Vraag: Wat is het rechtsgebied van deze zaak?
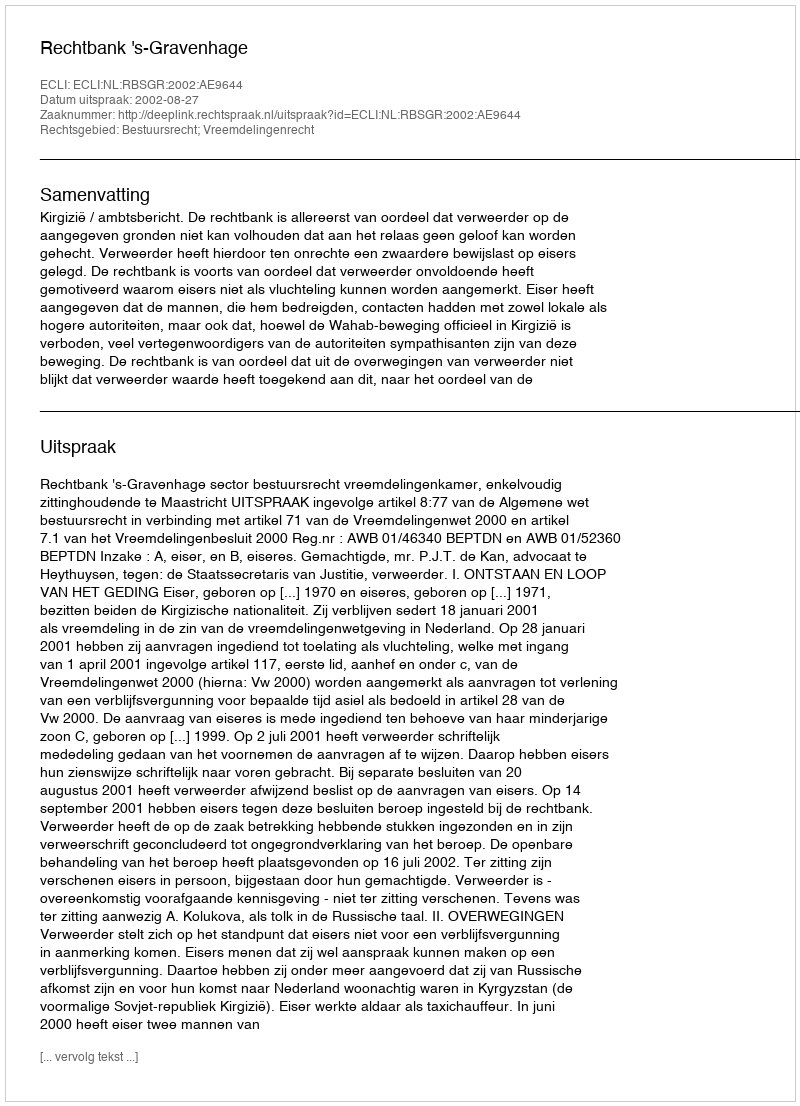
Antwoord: Bestuursrecht; Vreemdelingenrecht